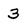
Character: 3